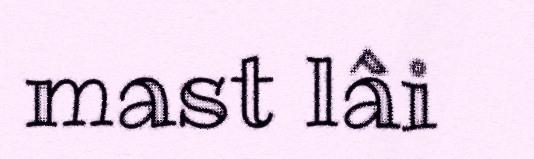
mast lâi